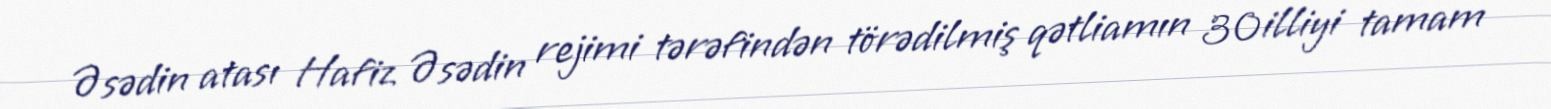
Əsədin atası Hafiz Əsədin rejimi tərəfindən törədilmiş qətliamın 30 illiyi tamam